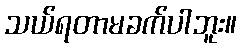
သယ်ရတာမခက်ပါဘူး။